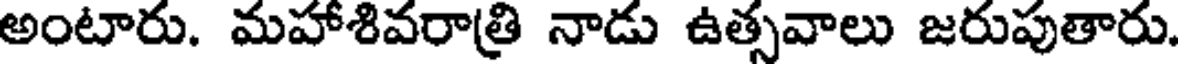
అంటారు. మహాశివరాత్రి నాడు ఉత్సవాలు జరుపుతారు.